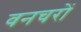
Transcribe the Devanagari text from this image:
वनचरों